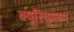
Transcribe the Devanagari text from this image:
क्यूरिकुलम